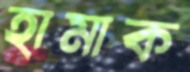
হামাক